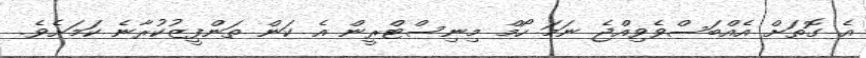
އެ ގޮތަށް އެއްބަސްވެވިއްޖެ ނަމަ ހޯމް މިނިސްޓްރީން އެ ކަން ތަންފީޒުކުރާނެ ކަމަށެވެ.